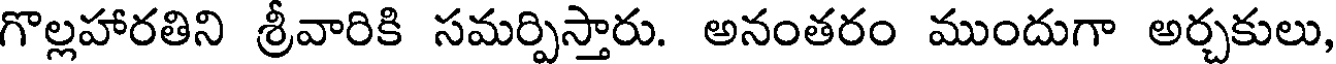
గొల్లహారతిని శ్రీవారికి సమర్పిస్తారు. అనంతరం ముందుగా అర్చకులు,